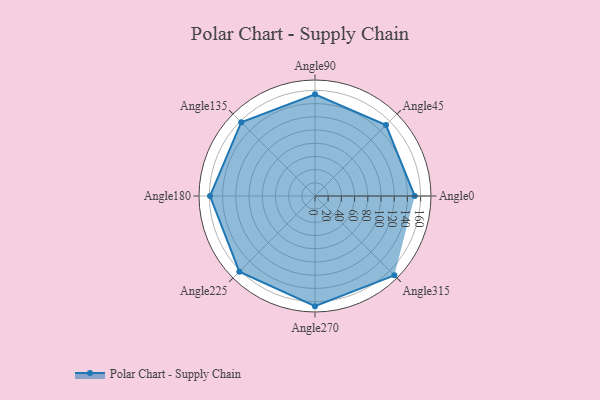
{"axis": {"x": "Angle", "y": "Radius"}, "legend": [""], "data": [{"x": "Angle0", "y": 151.0, "type": ""}, {"x": "Angle45", "y": 152.0, "type": ""}, {"x": "Angle90", "y": 154.0, "type": ""}, {"x": "Angle135", "y": 158.0, "type": ""}, {"x": "Angle180", "y": 159.0, "type": ""}, {"x": "Angle225", "y": 162.0, "type": ""}, {"x": "Angle270", "y": 167.0, "type": ""}, {"x": "Angle315", "y": 170, "type": ""}]}